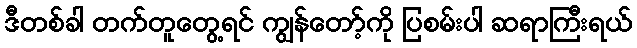
ဒီတစ်ခါ တက်တူတွေ့ရင် ကျွန်တော့်ကို ပြစမ်းပါ ဆရာကြီးရယ်